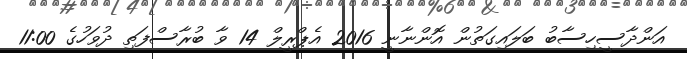
އަންދާސީހިސާބު ބަލައިގަތުން އޮންނާނީ 2016 އެޕްރީލް 14 ވާ ބުރާސްފަތި ދުވަހުގެ 11:00